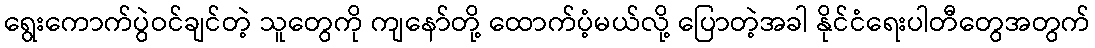
ရွေးကောက်ပွဲဝင်ချင်တဲ့ သူတွေကို ကျနော်တို့ ထောက်ပံ့မယ်လို့ ပြောတဲ့အခါ နိုင်ငံရေးပါတီတွေအတွက်